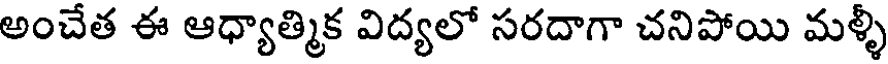
అంచేత ఈ ఆధ్యాత్మిక విద్యలో సరదాగా చనిపోయి మళ్ళీ